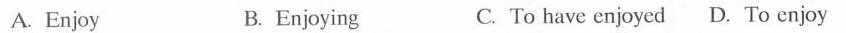
A. Enjoy B. Enjoying C. To have enjoyed D.To enjoy